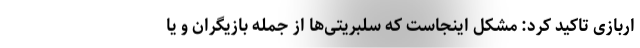
اربازی تاکید کرد: مشکل اینجاست که سلبریتی‌ها از جمله بازیگران و یا